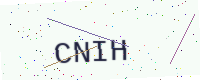
Text: CNIH